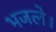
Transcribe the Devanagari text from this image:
भजले।